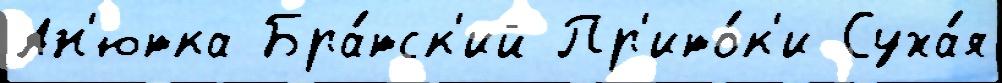
Ан'ютка Бра́тск'ий Пр'ито́к'и Суха́я